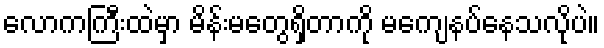
လောကကြီးထဲမှာ မိန်းမတွေရှိတာကို မကျေနပ်နေသလိုပဲ။